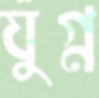
যুগ্ন